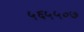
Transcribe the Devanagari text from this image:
५६५५०७